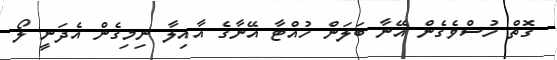
ގޮތް ހުސްވެގެން އޭނާ ބަލަން ހުއްޓާ އޭނާގެ އާއިލާ ނިމިގެން އެދަނީ ލޯ